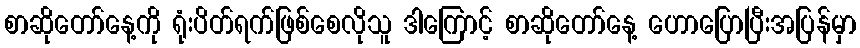
စာဆိုတော်နေ့ကို ရုံးပိတ်ရက်ဖြစ်စေလိုသူ ဒါကြောင့် စာဆိုတော်နေ့ ဟောပြောပြီးအပြန်မှာ